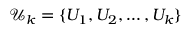
\mathcal { U } _ { k } = \{ U _ { 1 } , U _ { 2 } , \dots , U _ { k } \}